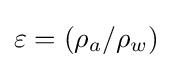
\varepsilon =(\rho _{a}/\rho _{w})